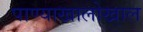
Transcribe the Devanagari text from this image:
पाण्याखालोखाल